Civil Veterinary Dept. Bombay admin report 1914-1922 - 1914-1922
Year: 1914
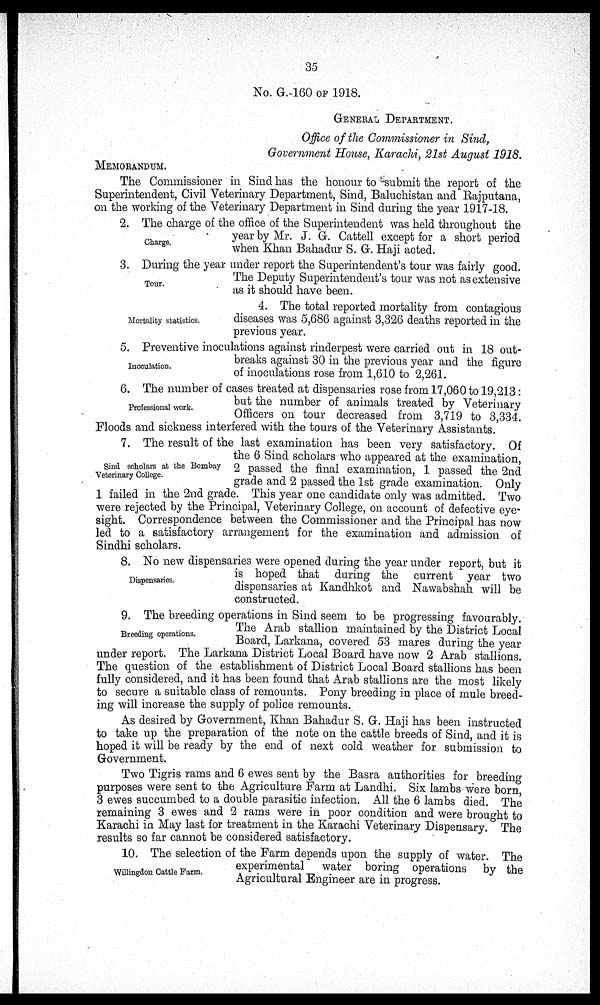
35
No. G.-160 OF 1918.
GENERAL DEPARTMENT.
Office of the Commissioner in Sind,
Government House, Karachi, 21st August 1918.
MEMORANDUM.
The Commissioner in Sind has the honour to submit the report of the
Superintendent, Civil Veterinary Department, Sind, Baluchistan and Rajputana,
on the working of the Veterinary Department in Sind during the year 1917-18.
Charge.
2. The charge of the office of the Superintendent was held throughout the
year by Mr. J. G. Cattell except for a short period
when Khan Bahadur S. G. Haji acted.
Tour.
3. During the year under report the Superintendent's tour was fairly good.
The Deputy Superintendent's tour was not as extensive
as it should have been.
Mortality statistics.
4. The total reported mortality from contagious
diseases was 5,686 against 3,326 deaths reported in the
previous year.
Inoculation.
5. Preventive inoculations against rinderpest were carried out in 18 out-
breaks against 30 in the previous year and the figure
of inoculations rose from 1,610 to 2,261.
Professional work.
6. The number of cases treated at dispensaries rose from 17,060 to 19,213:
but the number of animals treated by Veterinary
Officers on tour decreased from 3,719 to 3,334.
Floods and sickness interfered with the tours of the Veterinary Assistants.
Sind scholars at the Bombay
Veterinary College.
7. The result of the last examination has been very satisfactory. Of
the 6 Sind scholars who appeared at the examination,
2 passed the final examination, 1 passed the 2nd
grade and 2 passed the 1st grade examination. Only
1 failed in the 2nd grade. This year one candidate only was admitted. Two
were rejected by the Principal, Veterinary College, on account of defective eye-
sight. Correspondence between the Commissioner and the Principal has now
led to a satisfactory arrangement for the examination and admission of
Sindhi scholars.
Dispensaries.
8. No new dispensaries were opened during the year under report, but it
is hoped that during the current year two
dispensaries at Kandhkot and Nawabshah will be
constructed.
Breeding operations.
9. The breeding operations in Sind seem to be progressing favourably.
The Arab stallion maintained by the District Local
Board, Larkana, covered 53 mares during the year
under report. The Larkana District Local Board have now 2 Arab stallions.
The question of the establishment of District Local Board stallions has been
fully considered, and it has been found that Arab stations are the most likely
to secure a suitable class of remounts. Pony breeding in place of mule breed-
ing will increase the supply of police remounts.
As desired by Government, Khan Bahadur S. G. Haji has been instructed
to take up the preparation of the note on the cattle breeds of Sind, and it is
hoped it will be ready by the end of next cold weather for submission to
Government.
Two Tigris rams and 6 ewes sent by the Basra authorities for breeding
purposes were sent to the Agriculture Farm at Landhi. Six lambs were born
3 ewes succumbed to a double parasitic infection. All the 6 lambs died. The
remaining 3 ewes and 2 rams were in poor condition and were brought to
Karachi in May last for treatment in the Karachi Veterinary Dispensary. The
results so far cannot be considered satisfactory.
Willingdon Cattle Farm.
10. The selection of the Farm depends upon the supply of water. The
experimental water boring operations by the
Agricultural Engineer are in progress.